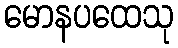
မောနပထေသု